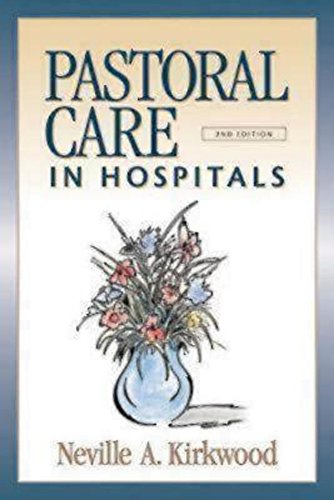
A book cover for Pastoral Care in Hospitals: Second Edition; Neville A. Kirkwood; Christian Books & Bibles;